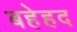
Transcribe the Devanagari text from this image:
बहेहद